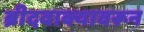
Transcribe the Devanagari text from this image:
ब्रीदवाक्यावरून